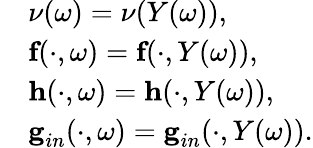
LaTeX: \begin{array}{rl}&{\nu(\omega)=\nu(Y(\omega)),}\\ &{\textbf{f}(\cdot,\omega)=\textbf{f}(\cdot,Y(\omega)),}\\ &{\textbf{h}(\cdot,\omega)=\textbf{h}(\cdot,Y(\omega)),}\\ &{\textbf{g}_{in}(\cdot,\omega)=\textbf{g}_{in}(\cdot,Y(\omega)).}\end{array}